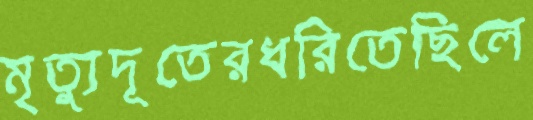
মৃত্যুদূতেরধরিতেছিলে